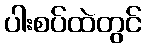
ပါးစပ်ထဲတွင်